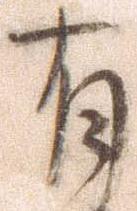
有